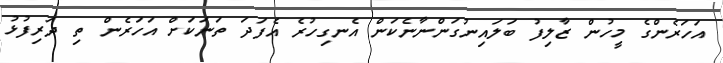
އަހަރެންގެ މީހުން ޒާލިފު ބަލައިނުގަންނާނެކަން އެނގިހުރެ އެފަދަ ތަނަކަށް އަހަރެން ތި ދަރިފުޅު